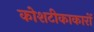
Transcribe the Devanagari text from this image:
कोशटीकाकारों